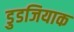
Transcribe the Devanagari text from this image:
डुडजियाक